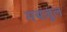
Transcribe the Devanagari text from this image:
मबज़ूल